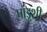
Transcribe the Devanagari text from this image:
पांडुशी